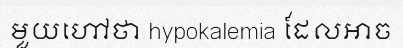
មួយហៅថា hypokalemia ដែលអាច